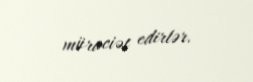
müraciət edirlər.